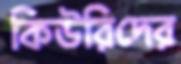
কিউরিদের